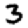
Digit: 3